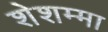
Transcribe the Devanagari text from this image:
शेशम्मा